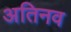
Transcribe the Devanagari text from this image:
अतिनव